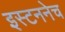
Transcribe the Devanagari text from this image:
इस्टननेच